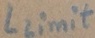
Text: Llimit